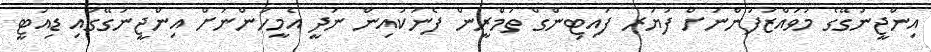
އިންޖީނުގޭގެ މުވައްްޒަފުންނަށް ފަޔަރ ފައިޓިންގް ތަމްރީން ފެނަކައިން ނުދީ އެމީހުންނަށް އިންޖީނުގޭގައި ޑިއުޓީ